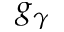
g _ { \gamma }